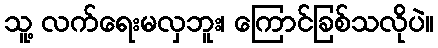
သူ့ လက်ရေးမလှဘူး၊ ကြောင်ခြစ်သလိုပဲ။